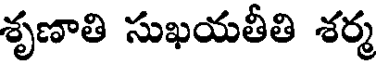
శృణాతి సుఖయతీతి శర్మ